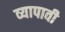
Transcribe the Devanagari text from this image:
व्यापावी